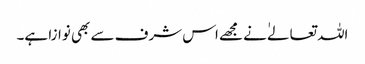
اللہ تعالےٰ نے مجھے اس شرف سے بھی نوازا ہے۔